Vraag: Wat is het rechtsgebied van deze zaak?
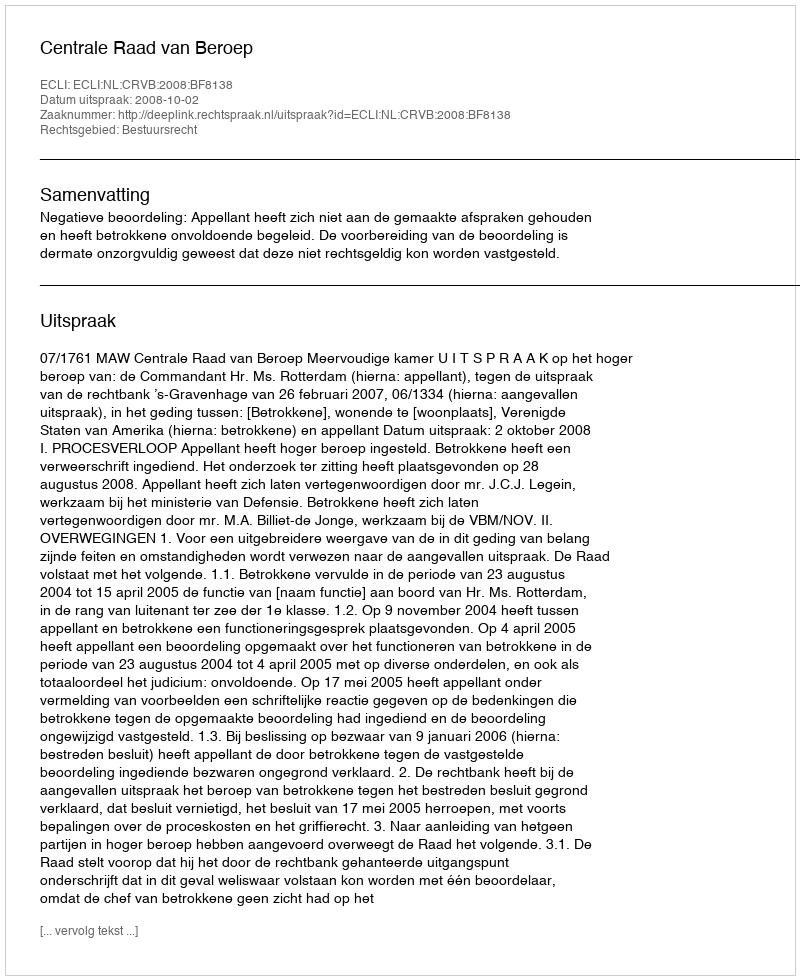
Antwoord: Bestuursrecht